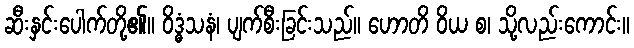
ဆီးနှင်းပေါက်တို့၏။ ဝိဒ္ဓံသနံ၊ ပျက်စီးခြင်းသည်။ ဟောတိ ဝိယ စ၊ သို့လည်းကောင်း။